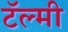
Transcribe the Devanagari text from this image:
टॅल्मी